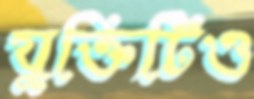
যুক্তিটিও